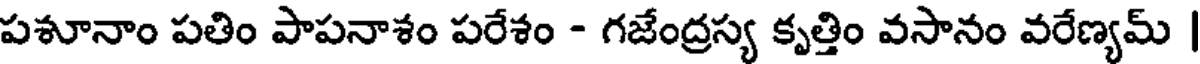
పశూనాం పతిం పాపనాశం పరేశం - గజేంద్రస్య కృత్తిం వసానం వరేణ్యమ్